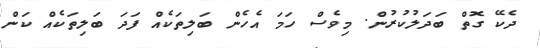
ދެކޭ ގޮތް ބަދަލުކުރުން. މިވެސް ހަމަ އެހެން ބަލިތަކެއް ފަދަ ބަލިތަކެއް ކަން